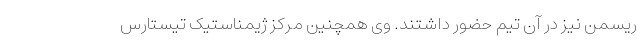
ریسمن نیز در آن تیم حضور داشتند. وی همچنین مرکز ژیمناستیک تیستارس